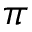
\pi